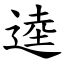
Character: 逵